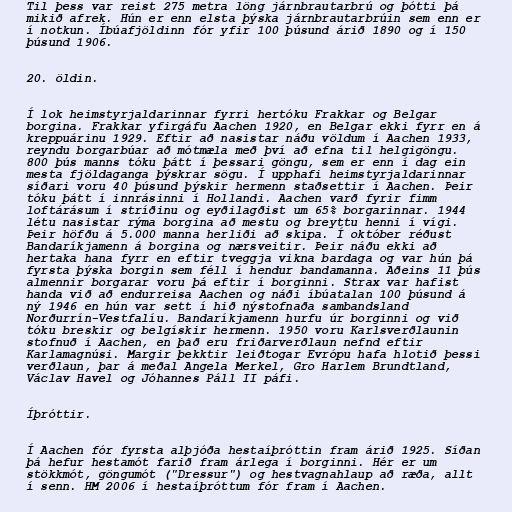
Til þess var reist 275 metra löng járnbrautarbrú og þótti þá
mikið afrek. Hún er enn elsta þýska járnbrautarbrúin sem enn er
í notkun. Íbúafjöldinn fór yfir 100 þúsund árið 1890 og í 150
þúsund 1906.

20. öldin.

Í lok heimstyrjaldarinnar fyrri hertóku Frakkar og Belgar
borgina. Frakkar yfirgáfu Aachen 1920, en Belgar ekki fyrr en á
kreppuárinu 1929. Eftir að nasistar náðu völdum í Aachen 1933,
reyndu borgarbúar að mótmæla með því að efna til helgigöngu.
800 þús manns tóku þátt í þessari göngu, sem er enn í dag ein
mesta fjöldaganga þýskrar sögu. Í upphafi heimstyrjaldarinnar
síðari voru 40 þúsund þýskir hermenn staðsettir í Aachen. Þeir
tóku þátt í innrásinni í Hollandi. Aachen varð fyrir fimm
loftárásum í stríðinu og eyðilagðist um 65% borgarinnar. 1944
létu nasistar rýma borgina að mestu og breyttu henni í vígi.
Þeir höfðu á 5.000 manna herliði að skipa. Í október réðust
Bandaríkjamenn á borgina og nærsveitir. Þeir náðu ekki að
hertaka hana fyrr en eftir tveggja vikna bardaga og var hún þá
fyrsta þýska borgin sem féll í hendur bandamanna. Aðeins 11 þús
almennir borgarar voru þá eftir í borginni. Strax var hafist
handa við að endurreisa Aachen og náði íbúatalan 100 þúsund á
ný 1946 en hún var sett í hið nýstofnaða sambandsland
Norðurrín-Vestfalíu. Bandaríkjamenn hurfu úr borginni og við
tóku breskir og belgískir hermenn. 1950 voru Karlsverðlaunin
stofnuð í Aachen, en það eru friðarverðlaun nefnd eftir
Karlamagnúsi. Margir þekktir leiðtogar Evrópu hafa hlotið þessi
verðlaun, þar á meðal Angela Merkel, Gro Harlem Brundtland,
Václav Havel og Jóhannes Páll II páfi.

Íþróttir.

Í Aachen fór fyrsta alþjóða hestaíþróttin fram árið 1925. Síðan
þá hefur hestamót farið fram árlega í borginni. Hér er um
stökkmót, göngumót ("Dressur") og hestvagnahlaup að ræða, allt
í senn. HM 2006 í hestaíþróttum fór fram í Aachen.